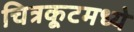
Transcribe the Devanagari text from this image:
चित्रकूटमध्ये